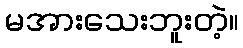
မအားသေးဘူးတဲ့။